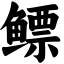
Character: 鳔